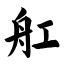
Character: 舡